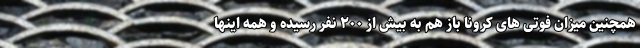
همچنین میزان فوتی های کرونا باز هم به بیش از ۲۰۰ نفر رسیده و همه اینها